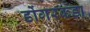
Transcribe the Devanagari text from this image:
डोंगरकडा